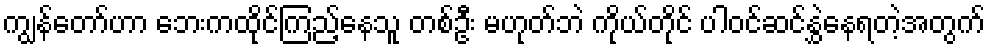
ကျွန်တော်ဟာ ဘေးကထိုင်ကြည့်နေသူ တစ်ဦး မဟုတ်ဘဲ ကိုယ်တိုင် ပါဝင်ဆင်နွှဲနေရတဲ့အတွက်